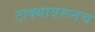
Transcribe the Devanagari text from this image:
टाक्यावरूनच